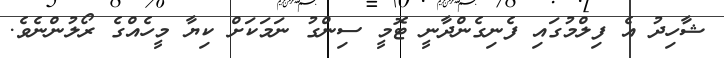
ޝާހިދު އެ ފިލްމުގައި ފެނިގެންދާނީ ޓޮމީ ސިންގު ނަމަކަށް ކިޔާ މީހެއްގެ ރޯލުންނެވެ.